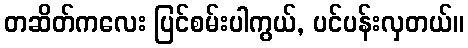
တဆိတ်ကလေး ပြင်စမ်းပါကွယ်, ပင်ပန်းလှတယ်။